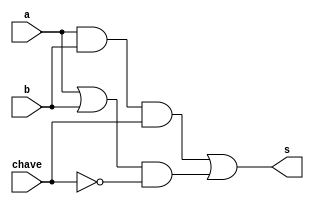
// -------------------------
// Exemplo0032 - LU selecionavel
// Nome: Roger Rubens Machado
// -------------------------
// -------------------------
// LU
// -------------------------
   module LU (output s, input a, input b, input chave);
   
   wire [1:0] c, d;
	
   and AND1(c[0], a, b);
   or  OR1 (d[0], a, b);
   and AND2(c[1], c[0], chave);
   and AND3(d[1], d[0], ~chave);
   or OR2(s, c[1], d[1]);

   endmodule // f4

   module test_LU;
// ------------------------- definir dados
   reg x, y, chave;
   LU modulo (z, x, y, chave);

// ------------------------- parte principal
   initial begin
   $display("Exemplo0032 - Roger Rubens Machado - 430533");
   $display("Test LU's module");
   $display("\n A | B | KEY | Resultado");
   $monitor("%1b    %1b    %1b    %1b ",x,y,chave,z);
          x = 1'b0;   y = 1'b0;   chave = 0;
       #1 x = 1'b0;   y = 4'b1;   chave = 0;
       #1 x = 1'b1;   y = 4'b0;   chave = 0;
       #1 x = 1'b1;   y = 4'b1;   chave = 0;
       
       #1 x = 1'b0;   y = 1'b0;   chave = 1;
       #1 x = 1'b0;   y = 4'b1;   chave = 1;
       #1 x = 1'b1;   y = 4'b0;   chave = 1;
       #1 x = 1'b1;   y = 4'b1;   chave = 1;

   end
endmodule // test_f4